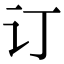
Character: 订